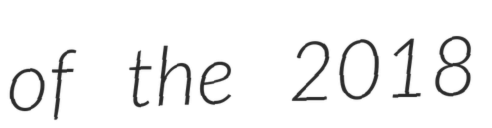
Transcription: of the 2018